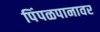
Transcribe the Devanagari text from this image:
पिंपळपानावर